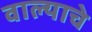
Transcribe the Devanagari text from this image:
वाल्याचे